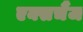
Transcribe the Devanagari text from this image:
एक्सचैंज